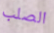
الصلب